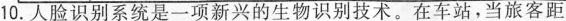
10.人脸识别系统是一项新兴的生物识别技术。在车站，当旅客距